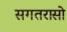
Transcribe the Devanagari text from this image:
सगतरासो